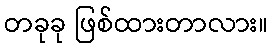
တခုခု ဖြစ်ထားတာလား။